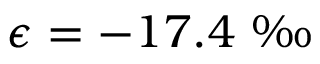
\epsilon = - 1 7 . 4 \mathrm { ~ \textperthousand ~ }